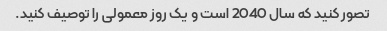
تصور کنید که سال 2040 است و یک روز معمولی را توصیف کنید.